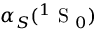
\alpha _ { S } ( ^ { 1 } \mathrm { ~ S ~ } _ { 0 } )